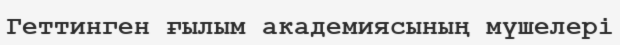
Геттинген ғылым академиясының мүшелері